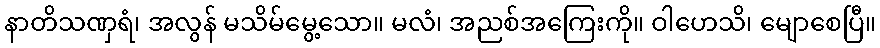
နာတိသဏှရံ၊ အလွန် မသိမ်မွေ့သော။ မလံ၊ အညစ်အကြေးကို။ ဝါဟေသိ၊ မျောစေပြီ။